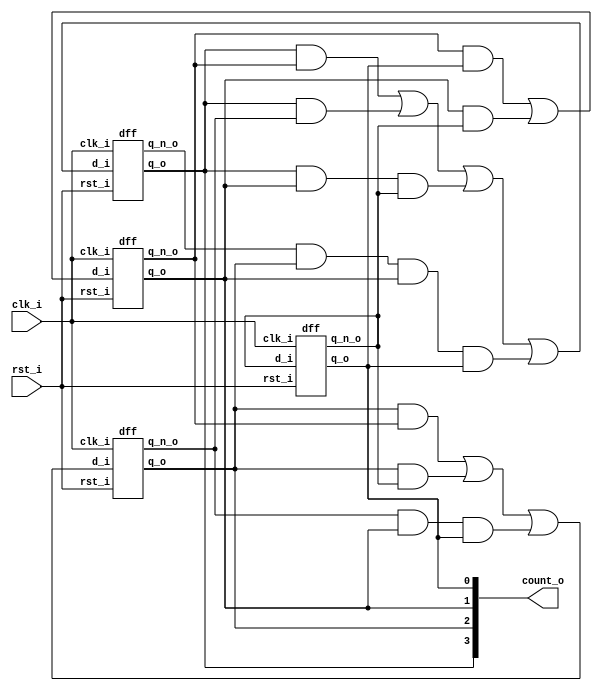
//--------------------------------------------------------------------------------
// Dependencies : 
// Description  : 4-Bit Synchronous Up Counter
//--------------------------------------------------------------------------------

module sync_up_counter(
  input        clk_i     , // Clock
  input        rst_i     , // Reset
  output [3:0] count_o     // Count Value
);
  
  wire [3:0] d;
  wire [3:0] q;
  wire [3:0] q_n;
  
  assign d[0] = q_n[0];
  assign d[1] = (q_n[1] & q[0]) | (q[1] & q_n[0]);
  assign d[2] = (q[2] & q_n[1]) | (q[2] & q_n[0]) | (q_n[2] & q[1] & q[0]);
  assign d[3] = (q[3] & q_n[1]) | (q[3] & q_n[2]) | (q[3] & q[1] & q_n[0]) | 
                (q_n[3] & q[2] & q[1] & q[0]);
  
  assign count_o = q;
  
  // DFF 0
  dff dff_1(
    .clk_i(clk_i  ), // Input Clock
    .rst_i(rst_i  ),
    .d_i  (d[0]   ),
    .q_o  (q[0]   ),
    .q_n_o(q_n[0] )
  );

  // DFF 1
  dff dff_2(
    .clk_i(clk_i  ),
    .rst_i(rst_i  ),
    .d_i  (d[1]   ),
    .q_o  (q[1]   ),
    .q_n_o(q_n[1] )
  );

  // DFF 2
  dff dff_3(
    .clk_i(clk_i  ),
    .rst_i(rst_i  ),
    .d_i  (d[2]   ),
    .q_o  (q[2]   ),
    .q_n_o(q_n[2] )
  );

  // DFF 3
  dff dff_4(
    .clk_i(clk_i  ),
    .rst_i(rst_i  ),
    .d_i  (d[3]   ),
    .q_o  (q[3]   ),
    .q_n_o(q_n[3] )
  );

endmodule

// DFF
module dff(
  input      clk_i,
  input      rst_i,
  input      d_i  ,
  output reg q_o  ,
  output     q_n_o
);
  
  assign q_n_o = ~q_o;

  always@(posedge clk_i)begin
    if(rst_i)begin
      q_o <= 1'b0;
    end else begin
      q_o <= d_i;
    end
  end

endmodule